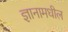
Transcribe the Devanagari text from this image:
ज्ञानामधील